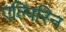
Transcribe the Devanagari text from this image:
एल्पिरिन